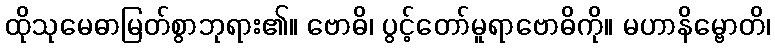
ထိုသုမေဓာမြတ်စွာဘုရား၏။ ဗောဓိ၊ ပွင့်တော်မူရာဗောဓိကို။ မဟာနိမ္ဗောတိ၊